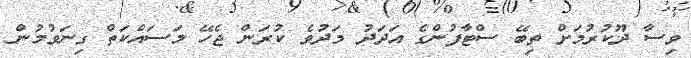
ވިސާ ދޫކުރުމަށް ތިބޭ ސްޓާފުންގެ އަދަދު މަދުވެ ކުރަން ޖެހޭ މަސައްކަތް ގިނަވުމުން